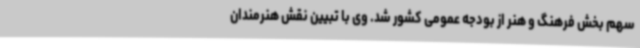
سهم بخش فرهنگ و هنر از بودجه عمومی کشور شد. وی با تبیین نقش هنرمندان